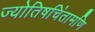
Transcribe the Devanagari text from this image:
ज्योतिषचिंतामणि